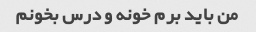
من باید برم خونه و درس بخونم